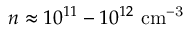
n \approx 1 0 ^ { 1 1 } - 1 0 ^ { 1 2 } ~ \mathrm { c m ^ { - 3 } }